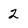
Character: 2